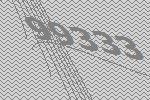
99333